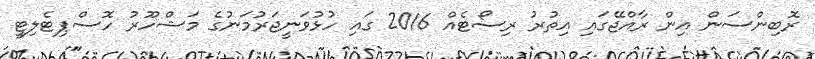
ރޮބިންސަން އިން ރާއްޖޭގައި އިތުރު ރިސޯޓެއް 2016 ގައި ހުޅުވަނީޖަރުމަނުގެ މަޝްހޫރު ހޮސްޕިޓެލިޓީ